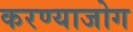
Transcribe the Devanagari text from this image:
करण्याजोग